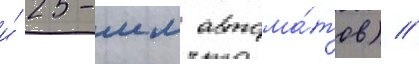
и́ 25-мм автома́тов) //